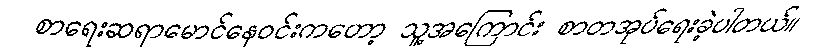
စာရေးဆရာမောင်နေဝင်းကတော့ သူ့အကြောင်း စာတအုပ်ရေးခဲ့ပါတယ်။